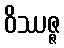
ဝိဿဇ္ဇ